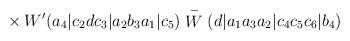
LaTeX: \begin{align*}{}~~~~~~~~~~~~~~~~~~~~~~~~~~~\times W'(a_4|c_2dc_3|a_2b_3a_1|c_5)\stackrel{-}{W}(d|a_1a_3a_2|c_4c_5c_6|b_4)\end{align*}